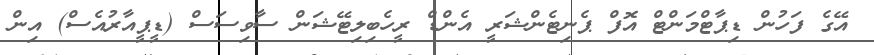
އޭގެ ފަހުން ޑިޕާޓްމަންޓް އޮފް ޕެނިޓެންޝަރީ އެންޑް ރީހެބިލިޓޭޝަން ސާވިސަސް (ޑީޕީއާރުއެސް) އިން